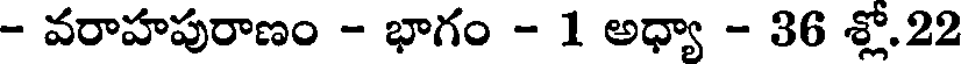
- వరాహపురాణం - భాగం - 1 అధ్యా - 36 శ్లో.22